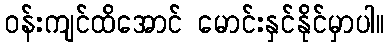
ဝန်းကျင်ထိအောင် မောင်းနှင်နိုင်မှာပါ။